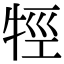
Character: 牼